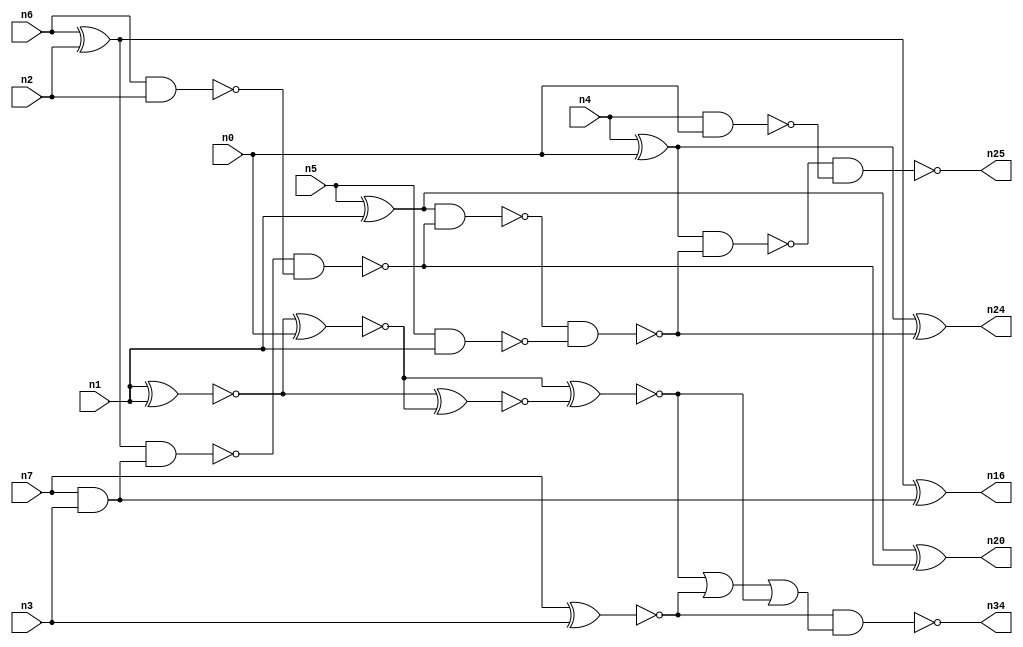
module addr4u_area_28 (
n0, n1, n2, n3, n4, n5, n6, n7, 
n25, n24, n20, n16, n34
);

input n0, n1, n2, n3, n4, n5, n6, n7;
output n25, n24, n20, n16, n34;
wire n13, n18, n30, n9, n23, n14, n8, n22, n15, n32, n10, n26, n19, n21, n27, n11, n28, n12, n17;

nand (n8, n6, n2);
xor (n9, n5, n1);
nand (n10, n4, n0);
and (n11, n7, n3);
xor (n12, n6, n2);
xor (n13, n4, n0);
xnor (n14, n7, n3);
nand (n15, n5, n1);
xor (n16, n12, n11);
xnor (n17, n1, n1);
nand (n18, n12, n11);
nand (n19, n18, n8);
xor (n20, n9, n19);
nand (n21, n9, n19);
nand (n22, n21, n15);
nand (n23, n13, n22);
xor (n24, n13, n22);
nand (n25, n23, n10);
xnor (n26, n17, n0);
xnor (n27, n17, n26);
xnor (n28, n26, n27);
or (n30, n28, n14);
or (n32, n30, n28);
nand (n34, n14, n32);

endmodule